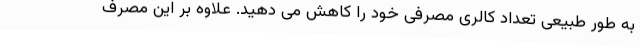
به طور طبیعی تعداد کالری مصرفی خود را کاهش می دهید. علاوه بر این مصرف